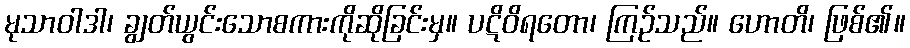
မုသာဝါဒါ၊ ချွတ်ယွင်းသောစကားကိုဆိုခြင်းမှ။ ပဋိဝိရတော၊ ကြဉ်သည်။ ဟောတိ၊ ဖြစ်၏။